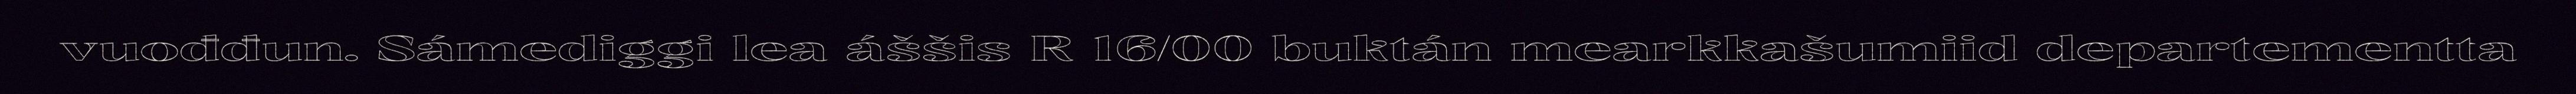
vuođđun. Sámediggi lea áššis R 16/00 buktán mearkkašumiid departementta